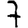
Digit: 7